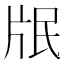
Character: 𭷋